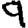
Digit: 9